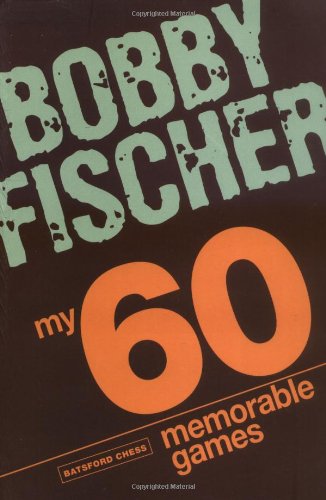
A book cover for My 60 Memorable Games; Bobby Fischer; Humor & Entertainment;